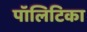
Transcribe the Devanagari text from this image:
पॉलिटिका